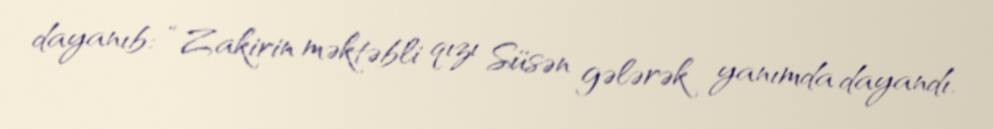
dayanıb: “Zakirin məktəbli qızı Süsən gələrək yanımda dayandı.